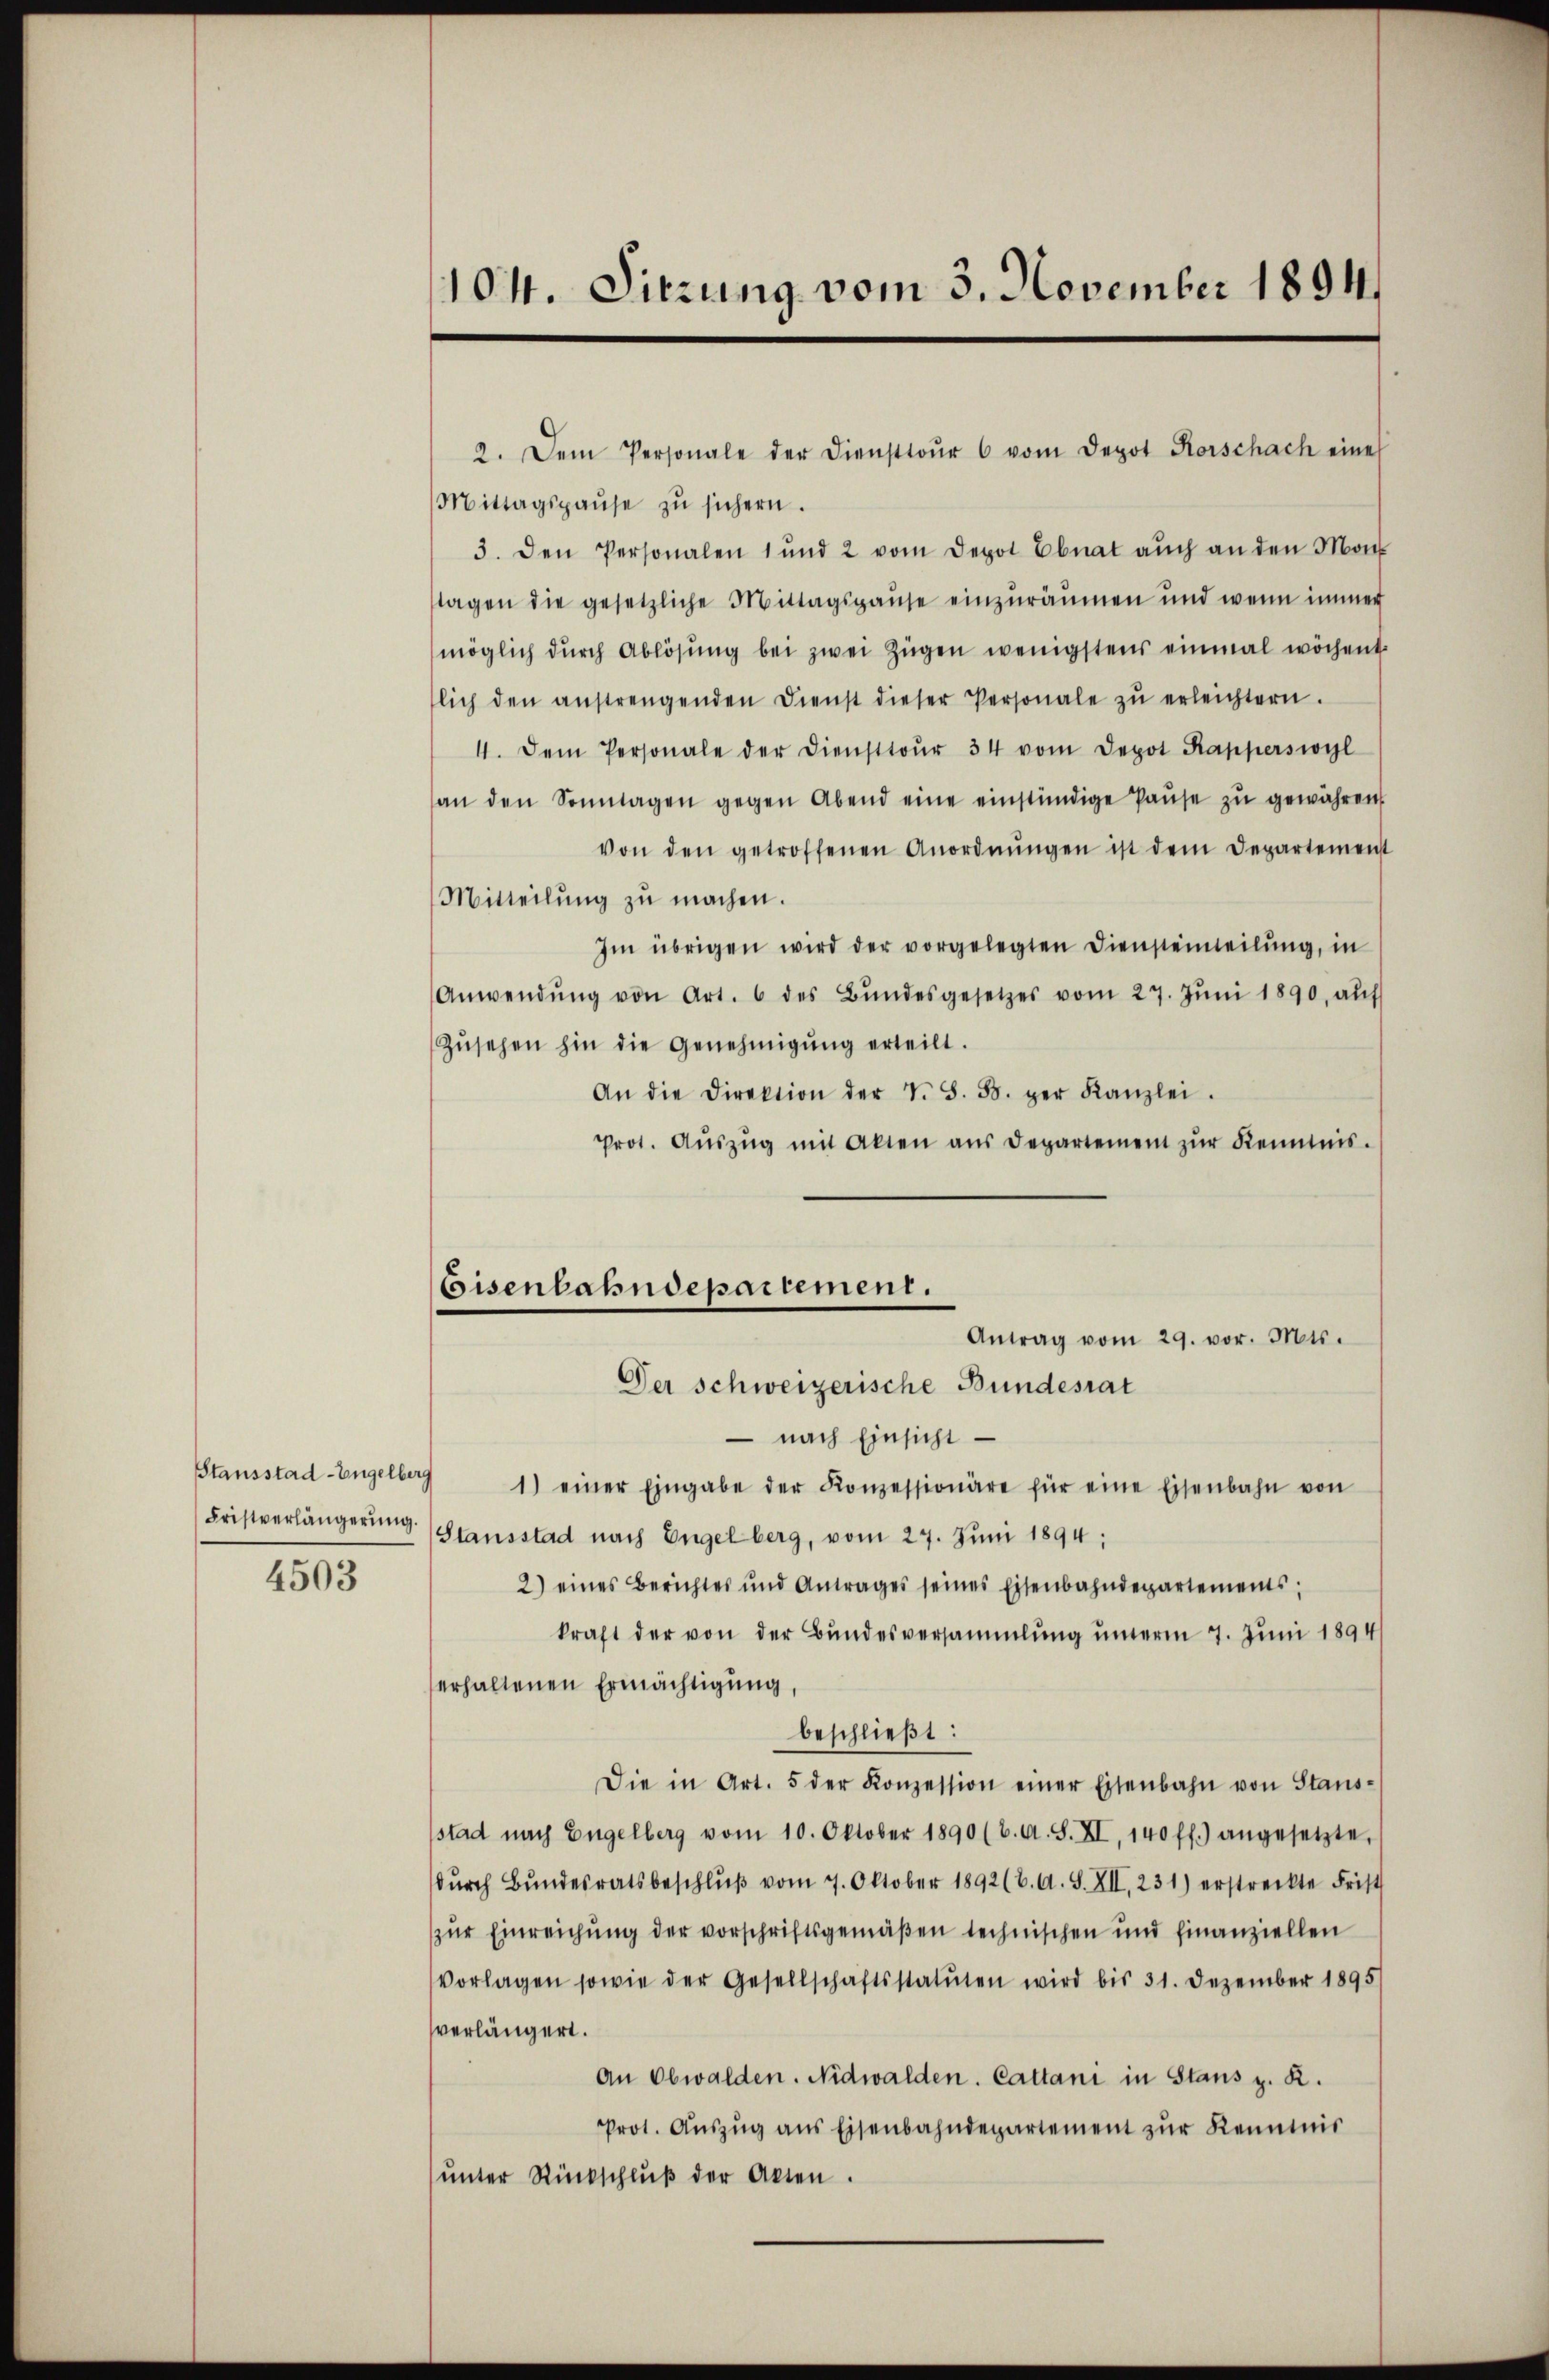
Fristverlängerung.

4503

104. Sitzung vom 3. November 1894

Mittagspause zŭ sichern.
3. den Personalen 1 und 2 vom Depot Ebnat aŭch an den Mon
slagen die gesetzliche Mittagspause einzuräumen und wenn immer
möglich dŭrch Ablösung bei zwei Zügen wenigstens einmal wöchent
lich den anstrengenden Dienst dieser Personale zŭ erleichtern.
4. Dem Personale der Diensttoŭr 34 vom Depot Kapperswyl
an den Sonntagen gegen Abend eine einstündige Paŭse zŭ gewähren
von den getroffenen Anordnŭngen ist dem Departement
Mitteilŭng zŭ machen.
Im übrigen wird der vorgelegten Diensteinheilung, in
Anwendŭng von Art. 6 des Bŭndesgesetzes vom 27. Jŭni 1890, aŭf
Zŭsehen hin die Genehmigŭng erteilt.
An die Direktion der V. B. 5. per Kanzlei.
Prot. Aŭszŭg mit Akten aus Departement zŭr Kenntnis.
Antrag vom 29. vor. Mts.
nach Einsicht
Stausstad-Engelberg 1) einer Eingabe der Konzessionäre für eine Eisenbahn von
Stausstad nach Engelberg, vom 27. Juni 1894;
2) eines Berichtes und Antrages seines Eisenbahndepartements;
kraft der von der Bundesversammlung unterm 7. Juni 1894
erhaltenen Ermächtigung,
beschließt:
Die in Art. 5 der Konzession einer Eisenbahn von Stans-
stad nach Engelberg vom 10. Oktober 1890 (6. A. S. XI. 140 ff.) angesetzte,
dŭrch Bŭndesratsbeschlŭβ vom 7. Oktober 1892 (2. A. S. XII. 231) erstreckte Frist
zŭr Einreichŭng der vorschriftsgemäβen technischen und finanziellen
vorlagen sowie der Gesellschaftsstatuten wird bis 31. Dezember 1895/
verlängert.
An Obwalden. Nidwalden. Cattani in Staus z. R.
Prot. Aŭszŭg ans Eisenbahndepartement zŭr Keimis
ŭnter Rückschlŭβ der Akten.

2. Dem Personale der Diensttoŭr 6 vom Depot Korschach eine

Eisenbahndepartement.
Der schweizerische Bundesrat